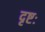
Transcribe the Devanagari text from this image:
दृष्टः